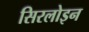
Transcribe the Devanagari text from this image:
सिरलोइन